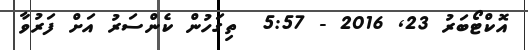
އޮކްޓޯބަރު 23